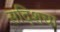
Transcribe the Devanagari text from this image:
सदिशचा